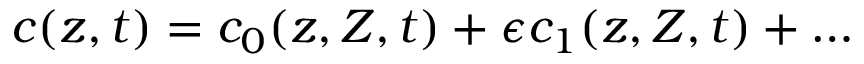
c ( z , t ) = c _ { 0 } ( z , Z , t ) + \epsilon c _ { 1 } ( z , Z , t ) + \ldots